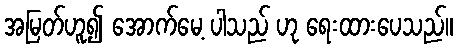
အမြတ်ဟူ၍ အောက်မေ့ ပါသည် ဟု ရေးထားပေသည်။